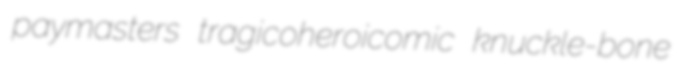
paymasters tragicoheroicomic knuckle-bone